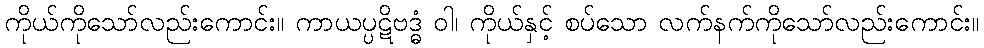
ကိုယ်ကိုသော်လည်းကောင်း။ ကာယပ္ပဋိဗဒ္ဓံ ဝါ၊ ကိုယ်နှင့် စပ်သော လက်နက်ကိုသော်လည်းကောင်း။